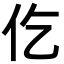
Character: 仡